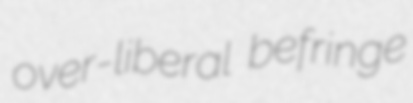
over-liberal befringe